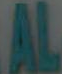
AL